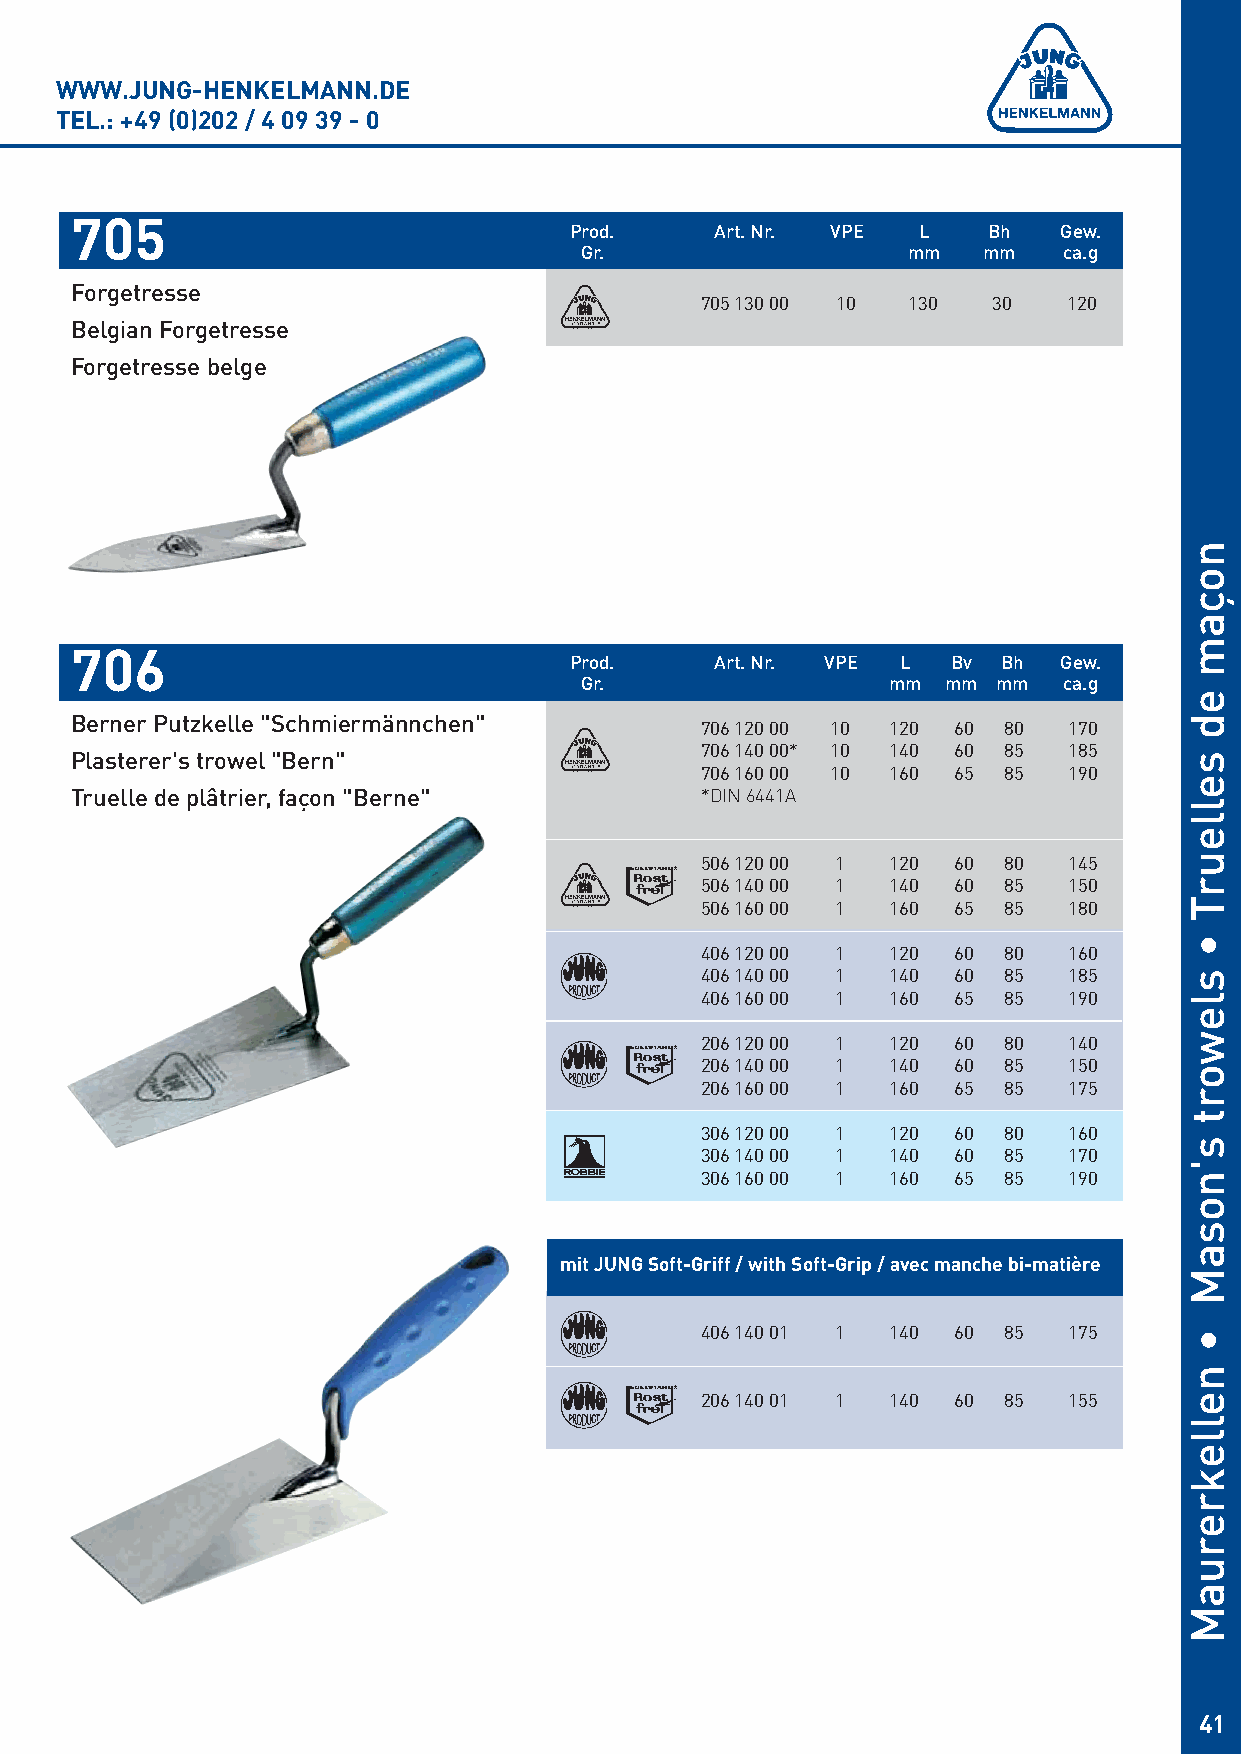
WWW.JUNG-HENKELMANN.DE
 TEL.: +49 (0)202 / 4 09 39 - 0
 705
 Prod.    Art. Nr. VPE  L   Bh   Gew.
 Gr.                   mm   mm   ca.g
 Forgetresse
 705 130 00 10 130   30   120
 Belgian Forgetresse
 Forgetresse belge
 706
 Prod.    Art. Nr. VPE L  Bv Bh  Gew.
 Gr.                  mm  mm mm  ca.g
 Berner Putzkelle "Schmiermännchen"
 706 120 00 10 120 60 80  170
 706 140 00* 10 140 60 85 185
 Plasterer's trowel "Bern"
 706 160 00 10 160 65 85  190
 Truelle de plâtrier, façon "Berne"       *DIN 6441A
 506 120 00 1 120 60 80   145
 506 140 00 1 140 60 85   150
 506 160 00 1 160 65 85   180
 406 120 00 1 120 60 80   160
 406 140 00 1 140 60 85   185
 406 160 00 1 160 65 85   190
 206 120 00 1 120 60 80   140
 206 140 00 1 140 60 85   150
 206 160 00 1 160 65 85   175
 306 120 00 1 120 60 80   160
 306 140 00 1 140 60 85   170
 306 160 00 1 160 65 85   190
 mit JUNG Soft-Griff / with Soft-Grip / avec manche bi-matière
 406 140 01 1 140 60 85   175
 206 140 01 1 140 60 85   155
 41
 noçam
 ed
 selleurT
 •
 slewort
 s'nosaM
 •
 nellekreruaM